Indian journal of veterinary science and animal husbandry - Volume 5,
Year: 1935
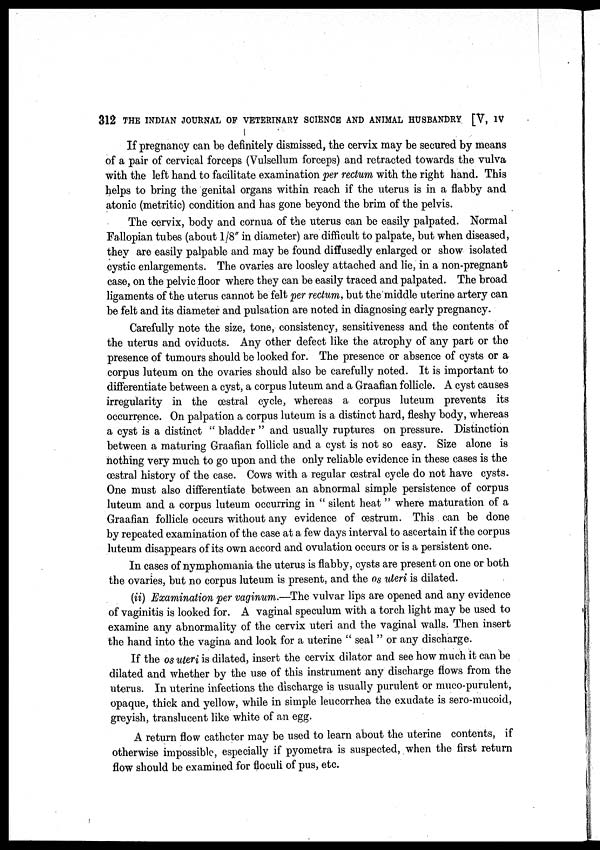
312 THE INDIAN JOURNAL OF VETERINARY SCIENCE AND ANIMAL HUSBANDRY [V, IV
If pregnancy can be definitely dismissed, the cervix may be secured by means
of a pair of cervical forceps (Vulsellum forceps) and retracted towards the vulva
with the left hand to facilitate examination per rectum with the right hand. This
helps to bring the genital organs within reach if the uterus is in a flabby and
atonic (metritic) condition and has gone beyond the brim of the pelvis.
The cervix, body and cornua of the uterus can be easily palpated. Normal
Fallopian tubes (about 1/8" in diameter) are difficult to palpate, but when diseased,
they are easily palpable and may be found diffusedly enlarged or show isolated
cystic enlargements. The ovaries are loosley attached and lie, in a non-pregnant
case, on the pelvic floor where they can be easily traced and palpated. The broad
ligaments of the uterus cannot be felt per rectum, but the middle uterine artery can
be felt and its diameter and pulsation are noted in diagnosing early pregnancy.
Carefully note the size, tone, consistency, sensitiveness and the contents of
the uterus and oviducts. Any other defect like the atrophy of any part or the
presence of tumours should be looked for. The presence or absence of cysts or a
corpus luteum on the ovaries should also be carefully noted. It is important to
differentiate between a cyst, a corpus luteum and a Graafian follicle. A cyst causes
irregularity in the œstral cycle, whereas a corpus luteum prevents its
occurrence. On palpation a corpus luteum is a distinct hard, fleshy body, whereas
a cyst is a distinct " bladder " and usually ruptures on pressure. Distinction
between a maturing Graafian follicle and a cyst is not so easy. Size alone is
nothing very much to go upon and the only reliable evidence in these cases is the
œstral history of the case. Cows with a regular œstral cycle do not have cysts.
One must also differentiate between an abnormal simple persistence of corpus
luteum and a corpus luteum occurring in " silent heat " where maturation of a
Graafian follicle occurs without any evidence of œstrum. This can be done
by repeated examination of the case at a few days interval to ascertain if the corpus
luteum disappears of its own accord and ovulation occurs or is a persistent one.
In cases of nymphomania the uterus is flabby, cysts are present on one or both
the ovaries, but no corpus luteum is present, and the os uteri is dilated.
(ii) Examination per vaginum.—The vulvar lips are opened and any evidence
of vaginitis is looked for. A vaginal speculum with a torch light may be used to
examine any abnormality of the cervix uteri and the vaginal walls. Then insert
the hand into the vagina and look for a uterine " seal " or any discharge.
If the os uteri is dilated, insert the cervix dilator and see how much it can be
dilated and whether by the use of this instrument any discharge flows from the
uterus. In uterine infections the discharge is usually purulent or muco-purulent,
opaque, thick and yellow, while in simple leucorrhea the exudate is sero-mucoid,
greyish, translucent like white of an egg.
A return flow catheter may be used to learn about the uterine contents, if
otherwise impossible, especially if pyometra is suspected, when the first return
flow should be examined for floculi of pus, etc.